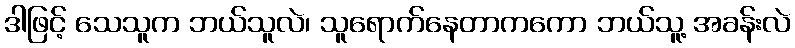
ဒါဖြင့် သေသူက ဘယ်သူလဲ၊ သူရောက်နေတာကကော ဘယ်သူ့ အခန်းလဲ